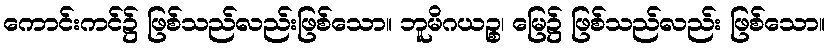
ကောင်းကင်၌ ဖြစ်သည်လည်းဖြစ်သော။ ဘူမိဂယဉ္စ၊ မြေ၌ ဖြစ်သည်လည်း ဖြစ်သော။